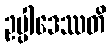
ဥပ္ပါဒေဿတိ